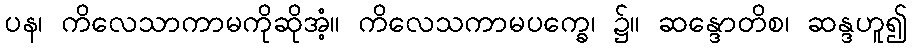
ပန၊ ကိလေသာကာမကိုဆိုအံ့။ ကိလေသကာမပက္ခေ၊ ၌။ ဆန္ဒောတိစ၊ ဆန္ဒဟူ၍